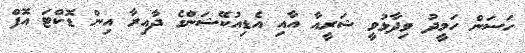
ހަސަން ހަމީދު ވިދާޅުވީ ޝަރީއާ އާއި އެޑިއުކޭޝަންގެ ދާއިރާ އިން ޑޮކްޓަ އޮފް